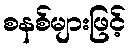
စနစ်များဖြင့်